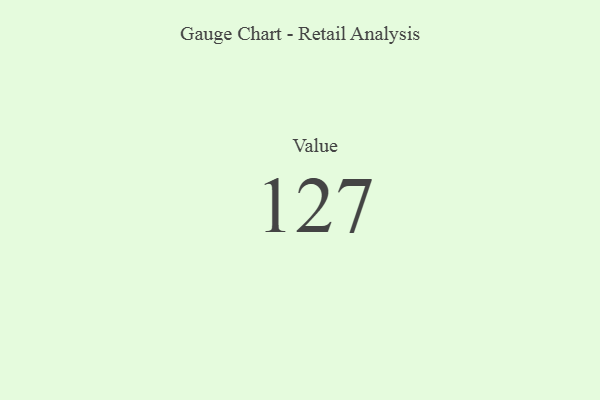
{"axis": {"x": "Metric", "y": "Value"}, "legend": [""], "data": [{"x": "Value", "y": 127, "type": ""}]}